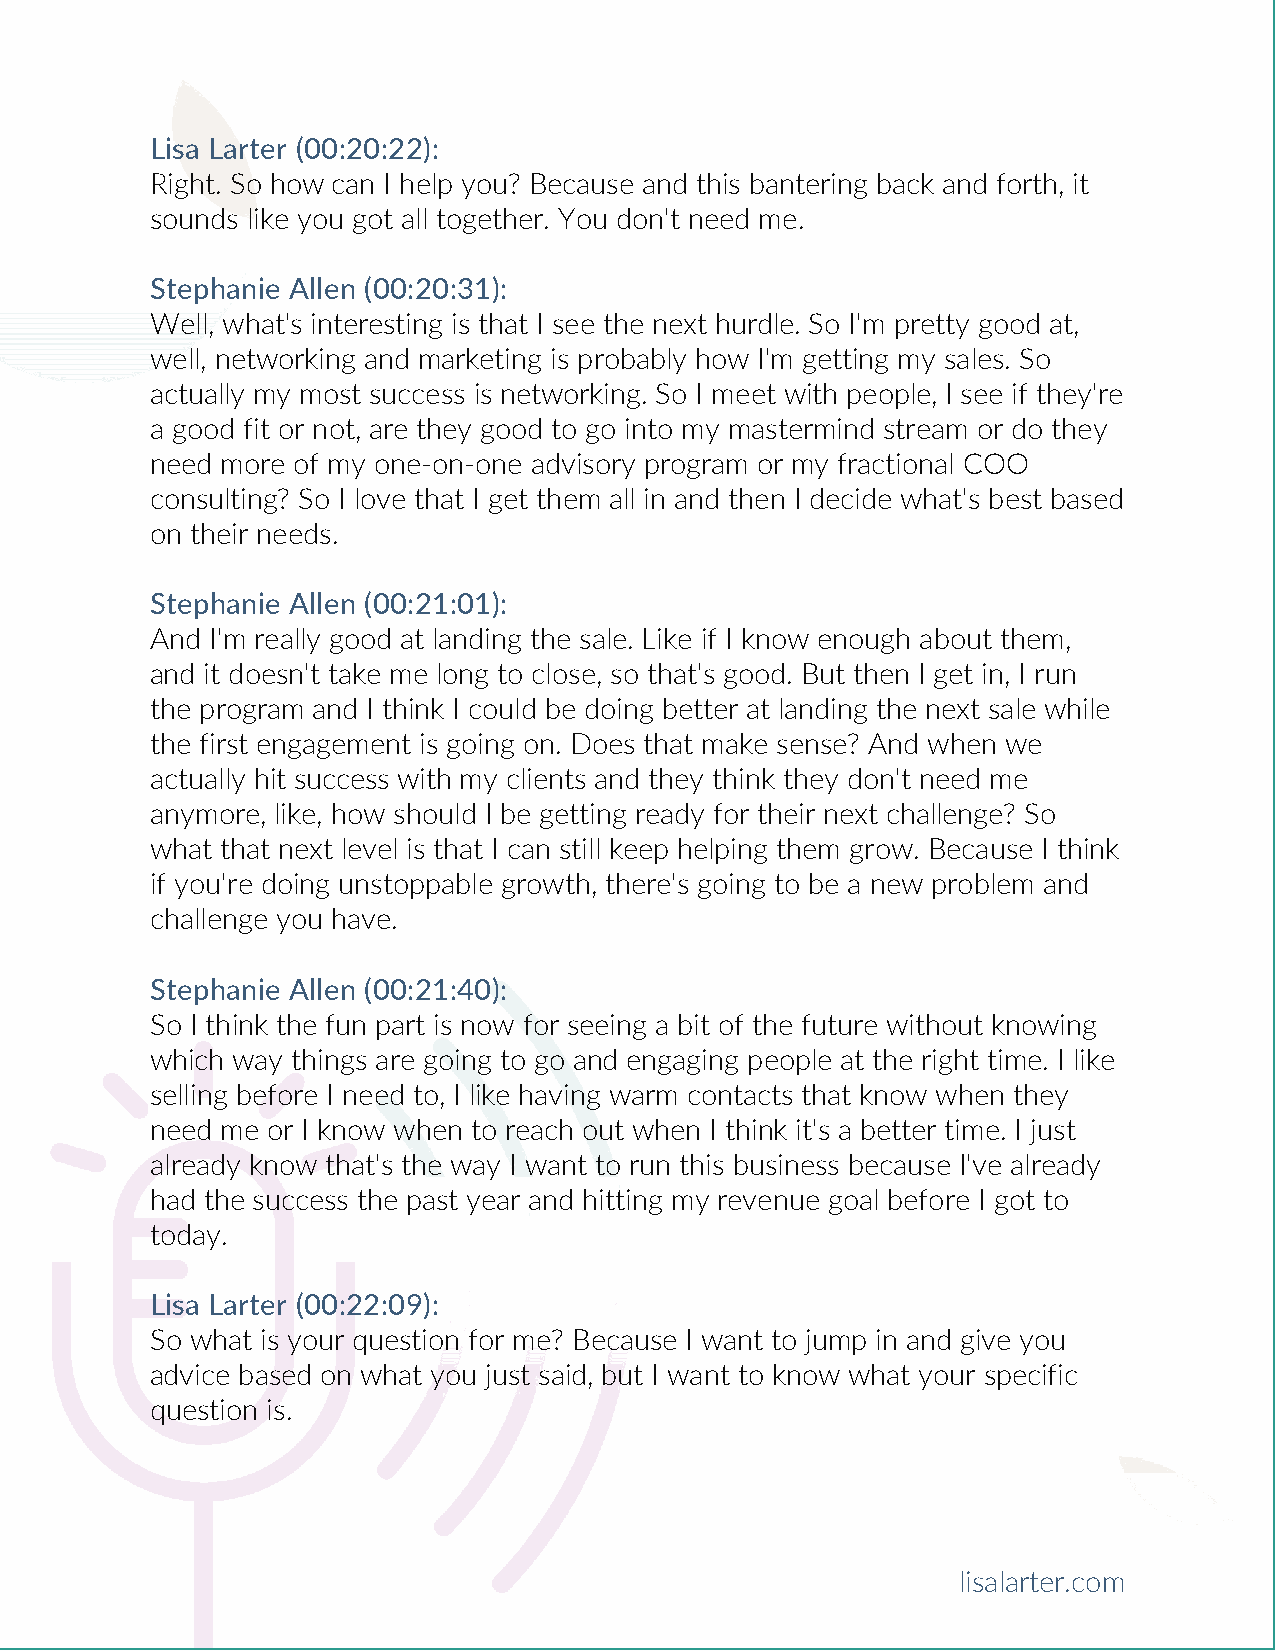
Lisa Larter (00:20:22):
 Right. So how can I help you? Because and this bantering back and forth, it
 sounds like you got all together. You don't need me.
 Stephanie Allen (00:20:31):
 Well, what's interesting is that I see the next hurdle. So I'm pretty good at,
 well, networking and marketing is probably how I'm getting my sales. So
 actually my most success is networking. So I meet with people, I see if they're
 a good fit or not, are they good to go into my mastermind stream or do they
 need more of my one-on-one advisory program or my fractional COO
 consulting? So I love that I get them all in and then I decide what's best based
 on their needs.
 Stephanie Allen (00:21:01):
 And I'm really good at landing the sale. Like if I know enough about them,
 and it doesn't take me long to close, so that's good. But then I get in, I run
 the program and I think I could be doing better at landing the next sale while
 the first engagement is going on. Does that make sense? And when we
 actually hit success with my clients and they think they don't need me
 anymore, like, how should I be getting ready for their next challenge? So
 what that next level is that I can still keep helping them grow. Because I think
 if you're doing unstoppable growth, there's going to be a new problem and
 challenge you have.
 Stephanie Allen (00:21:40):
 So I think the fun part is now for seeing a bit of the future without knowing
 which way things are going to go and engaging people at the right time. I like
 selling before I need to, I like having warm contacts that know when they
 need me or I know when to reach out when I think it's a better time. I just
 already know that's the way I want to run this business because I've already
 had the success the past year and hitting my revenue goal before I got to
 today.
 Lisa Larter (00:22:09):
 So what is your question for me? Because I want to jump in and give you
 advice based on what you just said, but I want to know what your specific
 question is.
 lisalarter.com